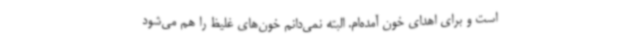
است و برای اهدای خون آمده‌ام. البته نمی‌دانم خون‌های غلیظ را هم می‌شود